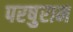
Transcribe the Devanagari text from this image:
परषुराम